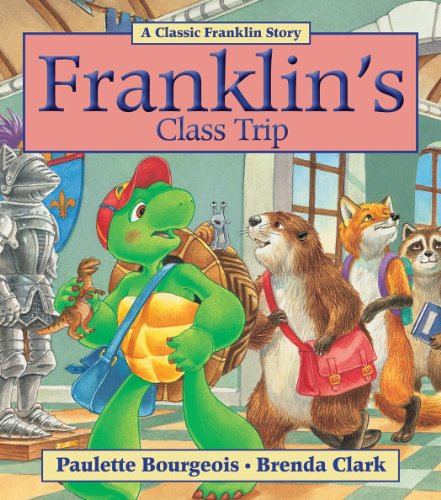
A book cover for Franklin's Class Trip; Paulette Bourgeois; Children's Books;